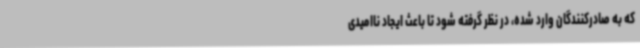
که به صادرکنندگان وارد شده، در نظر گرفته شود تا باعث ایجاد ناامیدی